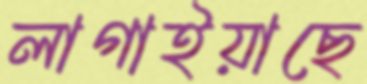
লাগাইয়াছে